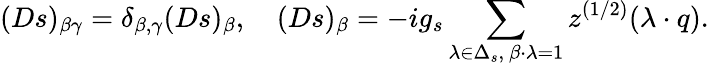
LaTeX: (Ds)_{\beta\gamma}=\delta_{\beta,\gamma}(Ds)_{\beta},\quad(Ds)_{\beta}=-ig_{s}\sum_{\lambda\in\Delta_{s},\ \beta\cdot\lambda=1}z^{(1/2)}(\lambda\cdot q).